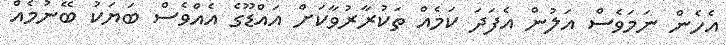
އެހެން ނަމަވެސް އަލުން އެފަދަ ކަމެއް ތަކުރާރުވާކަށް އައްޑޫގެ އެއްވެސް ބަޔަކު ބޭނުމެއް